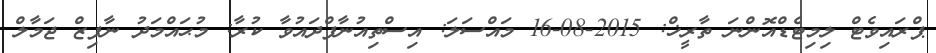
ޕްރައިވެޓް ލިމިޓެޑްއޮންނަ ތާރީޚް: 2015-08-16 މައްސަލަ: އިސްތިއުނާފްދައުވާ ކުރާ: މުޙައްމަދު ނާފިޒް ޖަމާލް